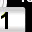
Digit: 1